Statistics compiled by the Government of India from the reports of provincial Civil Veterinary Departments
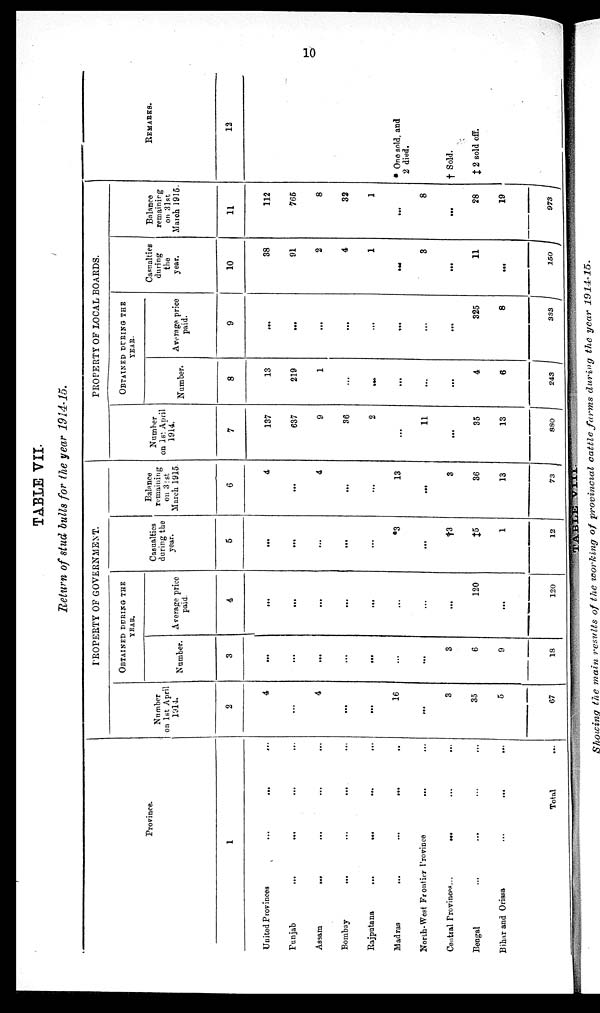
10
TABLE VII
Return of stud bulls for the year 1914-15.
Province.
1
United Provinces
...
...
...
Punjab
...
...
Assam
...
...
...
...
Bombay
...
...
...
...
Rajputana
...
...
...
...
Madras
...
...
...
..
North-West Frontier Province
Central
Provinces...
...
...
...
Bengal
...
...
Bihar and Orissa
...
...
...
Total ...
PROPERTY OF GOVERNMENT.
Number
on 1st April
1914.
2
4
...
4
...
...
16
...
3
35
5
67
OBTAINED DURING THE YEAR.
Number.
3
...
...
...
...
...
...
...
3
6
9
18
Average price
paid.
4
...
...
...
...
...
...
...
...
120
...
120
Casualties
during the
year.
5
...
...
...
...
...
*3
...
†3
‡5
1
12
Balance
remaining
on 31st
March 1915.
6
4
...
4
...
...
13
...
3
36
13
73
PROPERTY OF LOCAL BOARDS.
Number
on 1st April
1914.
7
137
637
9
36
2
...
11
...
35
13
880
OBTAINED DURING THE
YEAR.
Number.
8
13
219
1
...
...
...
...
...
4
6
243
Average price
paid.
9
...
...
...
...
...
...
...
...
325
8
333
Casualties
during
the
year.
10
38
91
2
4
1
...
3
...
11
...
150
Balance
remaining
on 31st
March 1915.
11
112
765
8
32
1
...
8
...
28
19
973
REMARKS.
12
* One sold, and
2 died.
† Sold.
‡ 2 sold off.